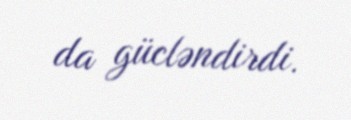
da gücləndirdi.